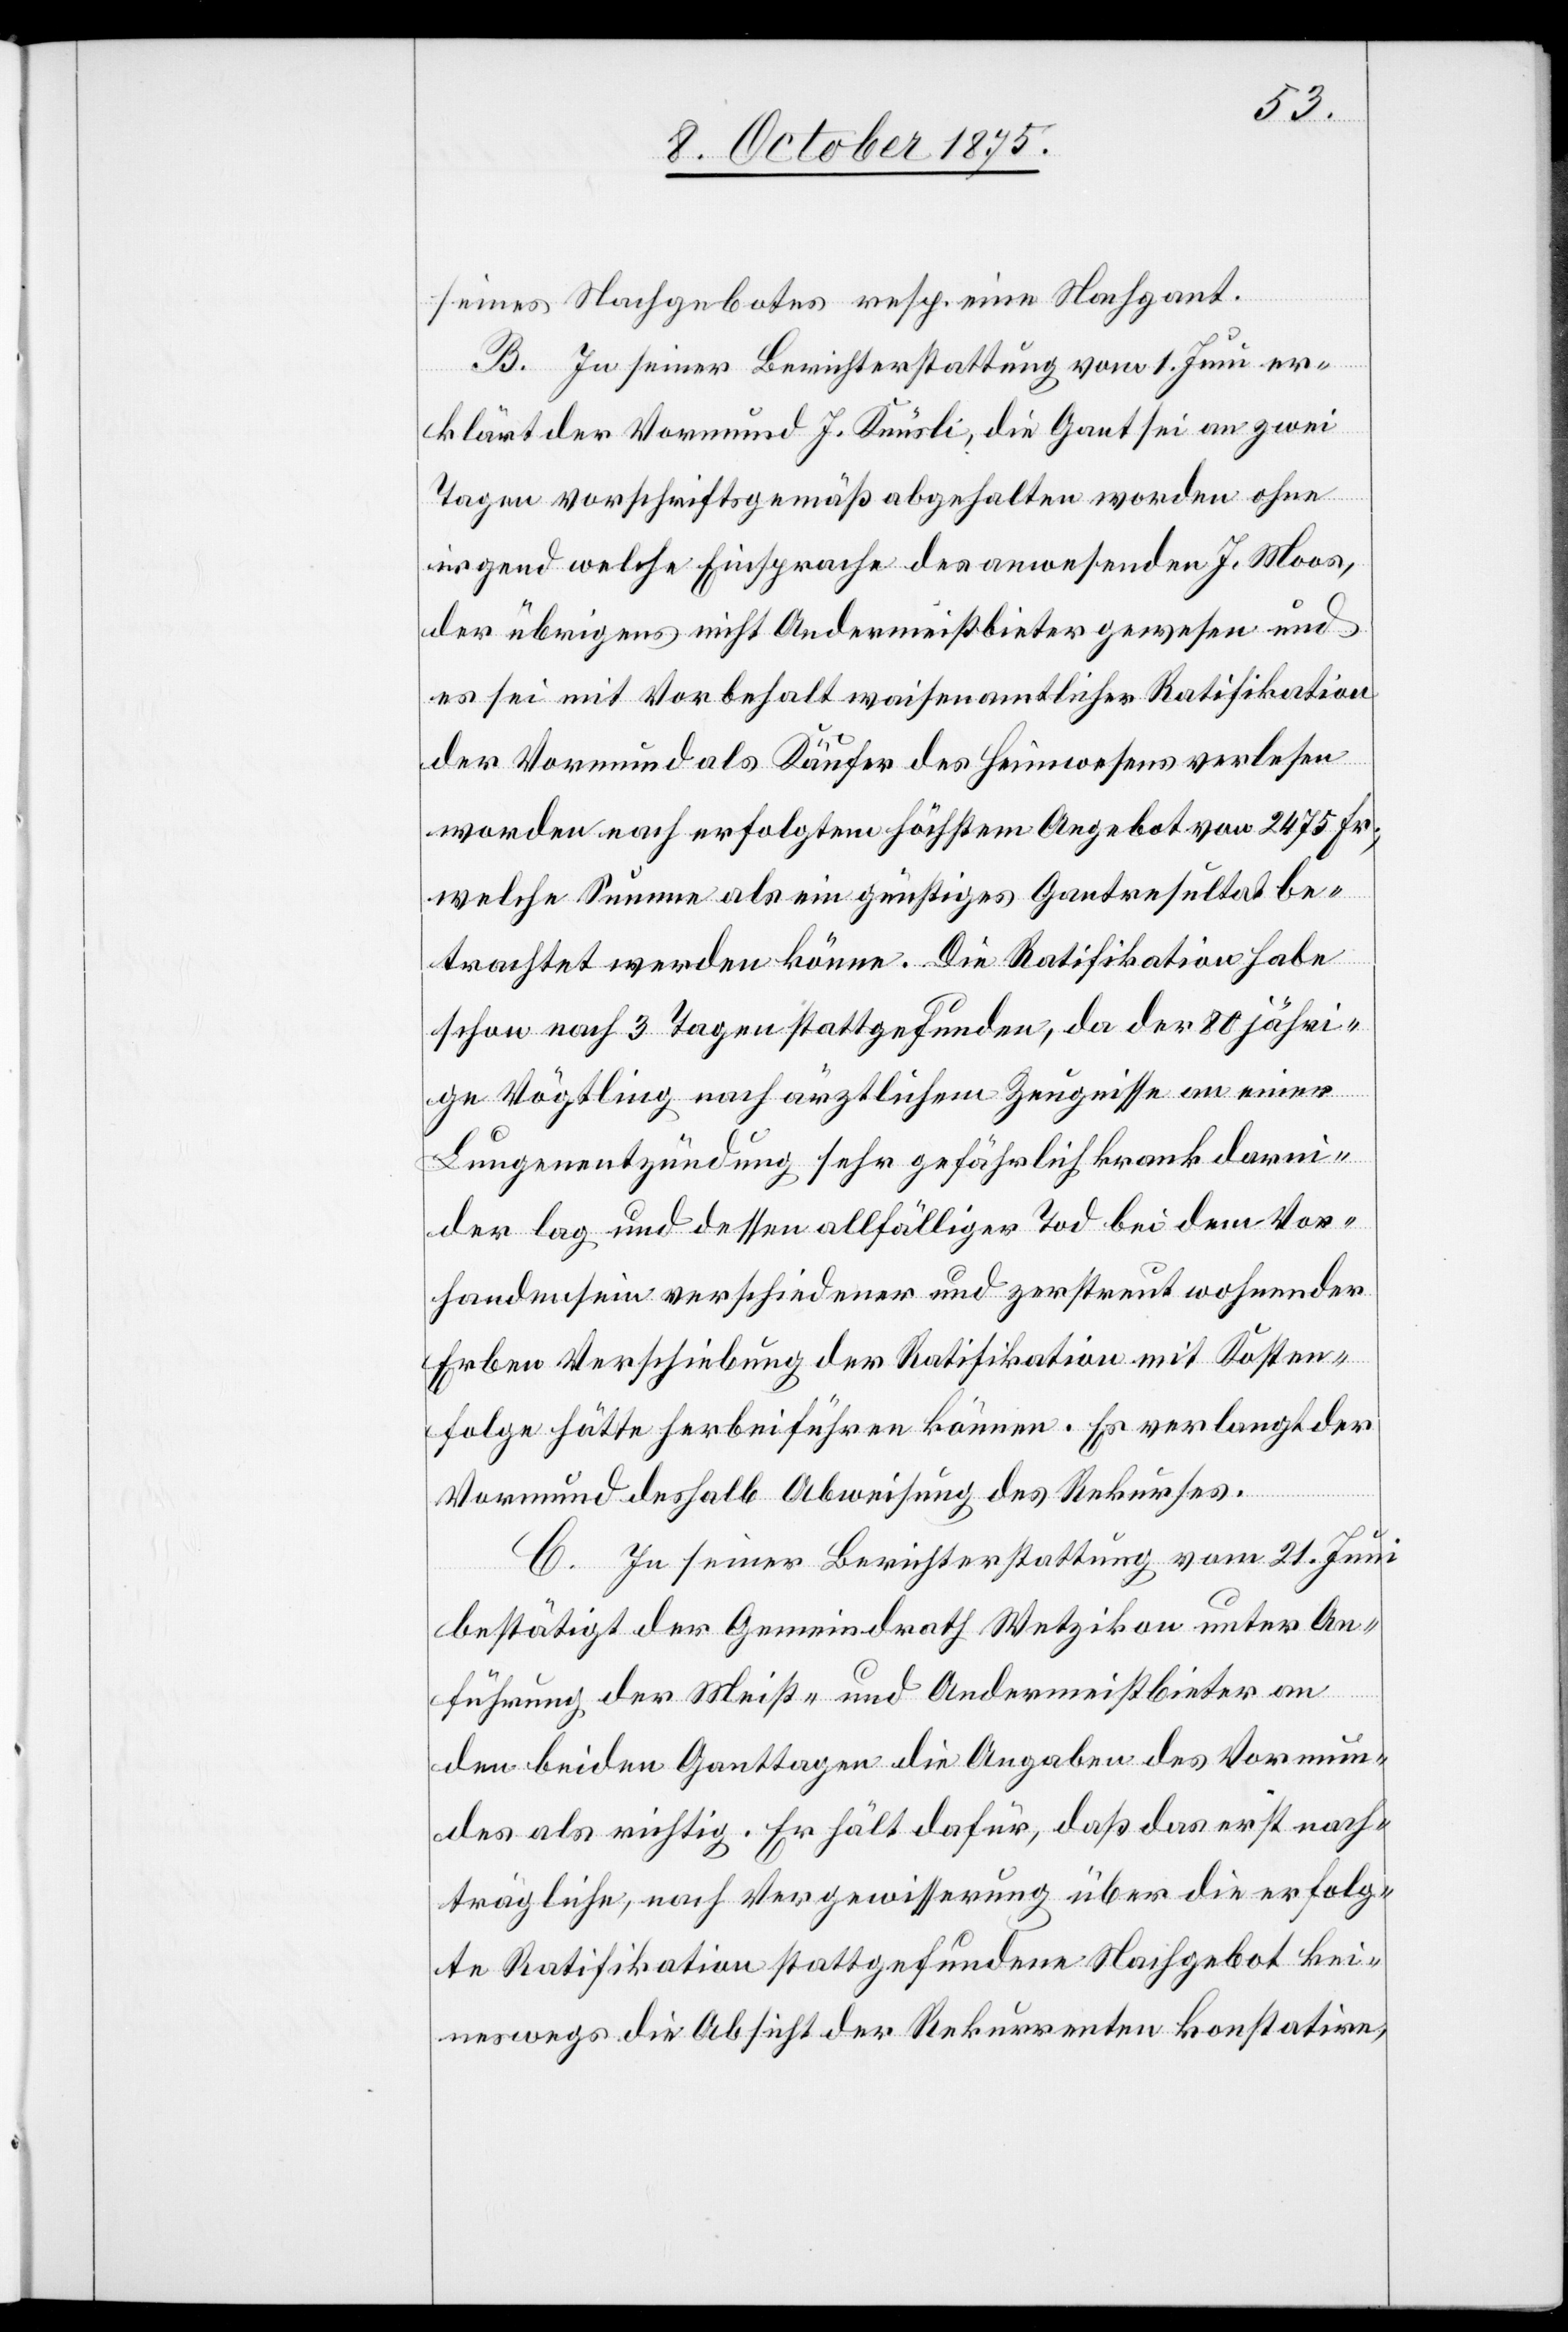
seines Nachgebotes resp. eine Nachgant.
B. In seiner Berichterstattung vom 1. Juni er¬
klärt der Vormund J. Knüsli, die Gant sei an zwei
Tagen vorschriftsgemäß abgehalten worden ohne
irgend welche Einsprache des anwesendes J. Moos,
der übrigens nicht Andermeistbieter gewesen und
es sei mit Vorbehalt waisenamtlicher Ratifikation
der Vormund als Käufer des Heimwesens verlesen
worden nach erfolgtem höchstem Angebot von 2475 Fr.;
welche Summe als ein günstiges Gantresultat be¬
trachtet werden könne. Die Ratifikation habe
schon nach 3 Tagen stattgefunden, da der 80 jähri¬
ge Vögtling nach ärztlichem Zeugnisse an einer
Lungenentzündung sehr gefährlich krank darnie¬
der lag und dessen allfälliger Tod bei dem Vor¬
handensein verschiedener und zerstreut wohnender
Erben Verschiebung der Ratifikation mit Kosten¬
folge hätte herbeiführen können. Es verlangt der
Vormund deshalb Abweisung des Rekurses.
C. In seiner Berichterstattung vom 21. Juni
bestätigt der Gemeindrath Wetzikon unter An¬
führung der Meist- und Andermeistbieter an
den beiden Ganttagen die Angaben des Vormun¬
des als richtig. Er hält dafür, daß das erst nach¬
trägliche, nach Vergewisserung über die erfolg¬
te Ratifikation stattgefundene Nachgebot kei¬
neswegs die Absicht der Rekurrenten konstatire,